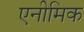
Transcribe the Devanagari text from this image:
एनीमिक